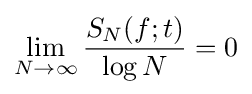
\lim _{N\to \infty }{\frac {S_{N}(f;t)}{\log N}}=0